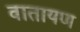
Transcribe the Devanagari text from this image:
वातायण